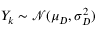
Y _ { k } \sim \mathcal N ( \mu _ { D } , \sigma _ { D } ^ { 2 } )